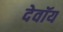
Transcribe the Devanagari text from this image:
देवॉय